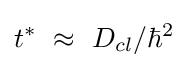
t^{*}\ \approx \ D_{cl}/\hbar ^{2}